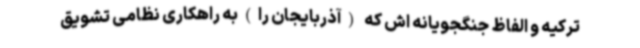
ترکیه و الفاظ جنگجویانه اش که (آذربایجان را)به راهکاری نظامی تشویق